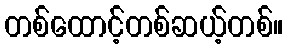
တစ်ထောင့်တစ်ဆယ့်တစ်။